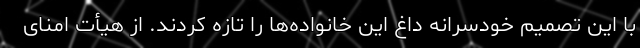
با این تصمیم خودسرانه داغ این خانواده‌ها را تازه کردند. از هیأت امنای